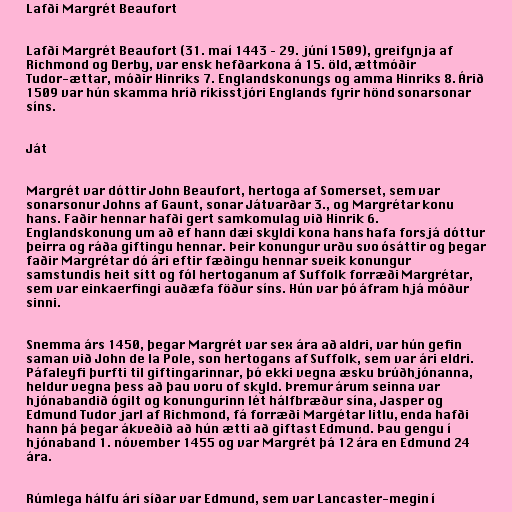
Lafði Margrét Beaufort

Lafði Margrét Beaufort (31. maí 1443 – 29. júní 1509), greifynja af
Richmond og Derby, var ensk hefðarkona á 15. öld, ættmóðir
Tudor-ættar, móðir Hinriks 7. Englandskonungs og amma Hinriks 8. Árið
1509 var hún skamma hríð ríkisstjóri Englands fyrir hönd sonarsonar
síns.

Ját

Margrét var dóttir John Beaufort, hertoga af Somerset, sem var
sonarsonur Johns af Gaunt, sonar Játvarðar 3., og Margrétar konu
hans. Faðir hennar hafði gert samkomulag við Hinrik 6.
Englandskonung um að ef hann dæi skyldi kona hans hafa forsjá dóttur
þeirra og ráða giftingu hennar. Þeir konungur urðu svo ósáttir og þegar
faðir Margrétar dó ári eftir fæðingu hennar sveik konungur
samstundis heit sítt og fól hertoganum af Suffolk forræði Margrétar,
sem var einkaerfingi auðæfa föður síns. Hún var þó áfram hjá móður
sinni.

Snemma árs 1450, þegar Margrét var sex ára að aldri, var hún gefin
saman við John de la Pole, son hertogans af Suffolk, sem var ári eldri.
Páfaleyfi þurfti til giftingarinnar, þó ekki vegna æsku brúðhjónanna,
heldur vegna þess að þau voru of skyld. Þremur árum seinna var
hjónabandið ógilt og konungurinn lét hálfbræður sína, Jasper og
Edmund Tudor jarl af Richmond, fá forræði Margétar litlu, enda hafði
hann þá þegar ákveðið að hún ætti að giftast Edmund. Þau gengu í
hjónaband 1. nóvember 1455 og var Margrét þá 12 ára en Edmund 24
ára.

Rúmlega hálfu ári síðar var Edmund, sem var Lancaster-megin í